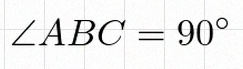
\angle ABC=90^\circ